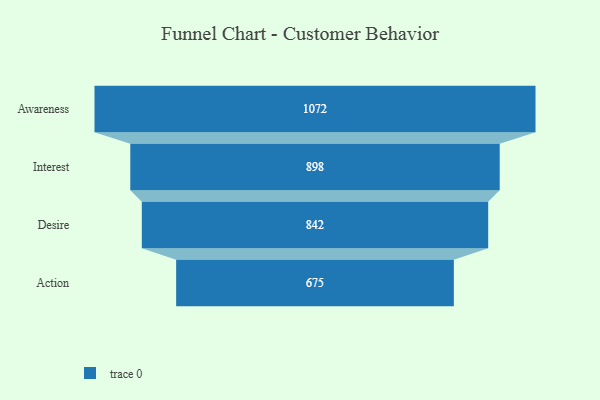
{"axis": {"x": "Stage", "y": "Value"}, "legend": [""], "data": [{"x": "Awareness", "y": 1072.0, "type": ""}, {"x": "Interest", "y": 898.0, "type": ""}, {"x": "Desire", "y": 842.0, "type": ""}, {"x": "Action", "y": 675.0, "type": ""}]}